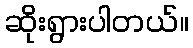
ဆိုးရွားပါတယ်။